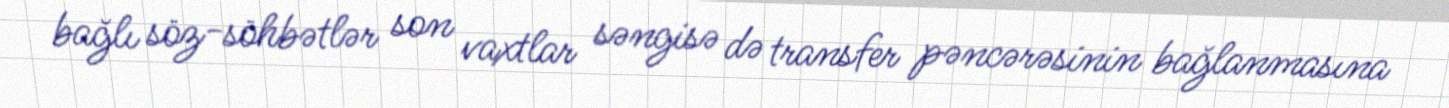
bağlı söz-söhbətlər son vaxtlar səngisə də transfer pəncərəsinin bağlanmasına